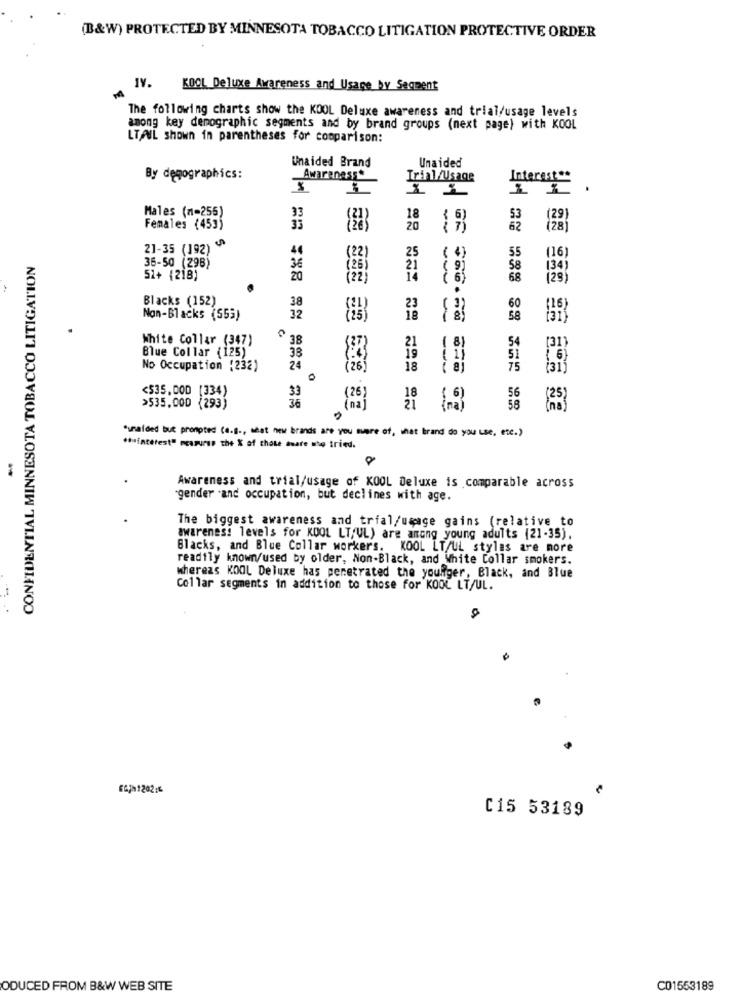
(B&W) PROTECTED BY MINNESOTA TOBACCO LITIGATION PROTECTIVE ORDER
MY. KOCL Deluxe Awareness and Usage by Segment
M
The following charts show the KOOL Deluxe awareness and trial/usage levels
among key demographic segments and by brand groups (next page) with KOOL
LTAIL shown in parentheses for comparison:
Unaided Brand
Unaided
By demographics:
Awareness*
Trial/Usage
Males (n=256)
(29)
Females (453)
20
-
GF
21-35 (192) "
44
CONFIDENTIAL MINNESOTA TOBACCO LITIGATION
36
25
55
(16)
36-50 (298)
21
58
51+ (218)
20
(22)
288
( 6)
68
Blacks (152)
38
60
Non-Blacks (553)
32
58
White Collar (347)
38
54
Blue Collar (125)
( 8)
[31
38
51
No Occupation (232)
24
18
75
0
<535.DOD [334)
33
36
(26)
56
>535.000 (293)
18 1.8
58
*unaided but prompted (a.B ., seat new brands are you more of, that brand do you use, etc.)
.huinterest" pearurss the & of chote auare who tried.
-
Awareness and trial/usage of KOOL Deluxe is comparable across
"gender and occupation, but declines with age.
The biggest awareness and trial/umage gains (relative to
awareness levels for KOOL LT/UL) are among young adults (21-35).
Blacks, and Blue Collar workers. KOOL LT/UL stylas are more
readily known/used by older, Non-Black, and White Collar smokers.
wherezs KOOL Deluxe has penetrated the younger, Black, and Blue
Collar segments in addition to those for KOOL LT/UL.
--
667h1202:4
C15 53189
ODUCED FROM B&W WEB SITE
C01553189